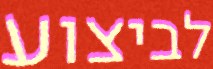
לביצוע